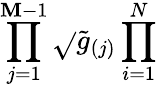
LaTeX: \prod_{j=1}^{\mathbf{M}-1}\sqrt{}{{\tilde{{g}}_{(j)}}}\prod_{i=1}^{N}